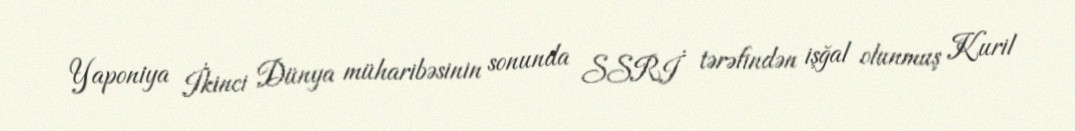
Yaponiya İkinci Dünya müharibəsinin sonunda SSRİ tərəfindən işğal olunmuş Kuril